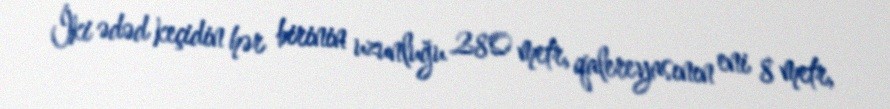
İki ədəd keçidin hər birinin uzunluğu 280 metr, qalereyasının eni 8 metr,